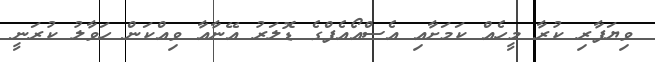
ވިޔަފާރި ކުރާ މީހެއް ކަމަށާއި އެސްއޯއެފްގެ ޑޮލަރު އޭނާއާ ވިއްކަން ހަވާލު ކުރަނީ